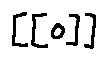
[ [ o ] ]